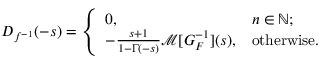
D _ { f ^ { - 1 } } ( - s ) = { \left\{ \begin{array} { l l } { 0 , } & { n \in \mathbb { N } ; } \\ { - { \frac { s + 1 } { 1 - \Gamma ( - s ) } } { \mathcal { M } } [ G _ { F } ^ { - 1 } ] ( s ) , } & { { \mathrm { o t h e r w i s e . } } } \end{array} \right. }